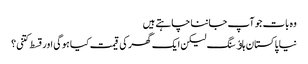
وہ بات جو آپ جاننا چاہتے ہیں
نیا پاکستان ہاﺅسنگ لیکن ایک گھر کی قیمت کیا ہوگی اور قسط کتنی؟